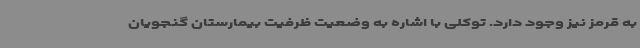
به قرمز نیز وجود دارد. توکلی با اشاره به وضعیت ظرفیت بیمارستان گنجویان